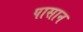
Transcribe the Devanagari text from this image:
पासान